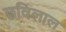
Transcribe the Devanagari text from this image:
छविलाल